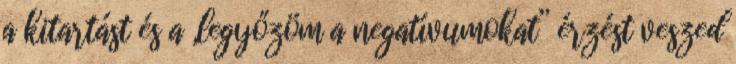
a kitartást és a „legyőzöm a negatívumokat” érzést veszed